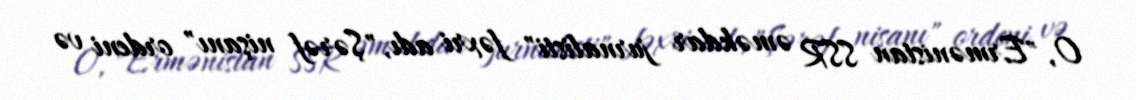
O, "Ermənistan SSR əməkdar jurnalisti" fəxri adı, "Şərəf nişanı" ordeni və